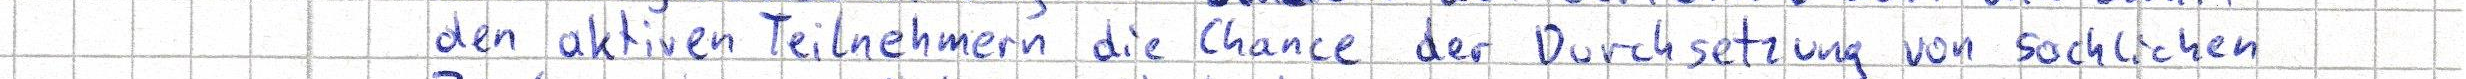
den aktiven Teilnehmern die Chance der Durchsetzung von sachlichen